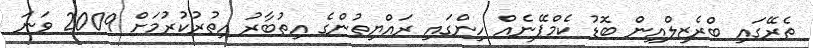
ތެރޭގައި ބްރެޒިލްއިން ބޮޑު ކެމްޕޭނެއް ހިންގައި ރައްޔިތުންގެ އިތުބާރު އިތުރުކުރުމަށް 2009 ވަނަ